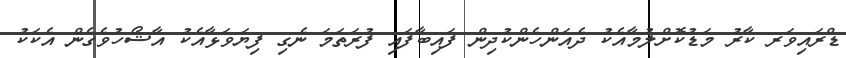
ޑްރައިވަރ ކާރު މަޑުކޮށްލުމާއެކު ދެއަންހެންކުދިން ފައިބާފައި ފުރަތަމަ ނެގި ފިޔަވަޅާއެކު އާޝޯހުވެގެން އެކަކު